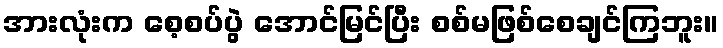
အားလုံးက စေ့စပ်ပွဲ အောင်မြင်ပြီး စစ်မဖြစ်စေချင်ကြဘူး။